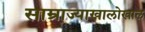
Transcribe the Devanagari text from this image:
साम्राज्याखालोखाल